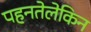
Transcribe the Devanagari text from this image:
पहनतेलेकिन